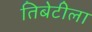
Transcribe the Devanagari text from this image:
तिबेटीला